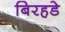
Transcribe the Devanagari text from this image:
बिरहडे